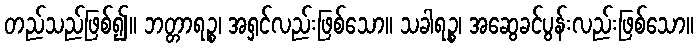
တည်သည်ဖြစ်၍။ ဘတ္တာရဉ္စ၊ အရှင်လည်းဖြစ်သော။ သခါရဉ္စ၊ အဆွေခင်ပွန်းလည်းဖြစ်သော။